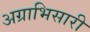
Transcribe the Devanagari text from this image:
अग्राभिसारी